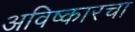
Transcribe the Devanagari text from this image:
अविष्कारचा